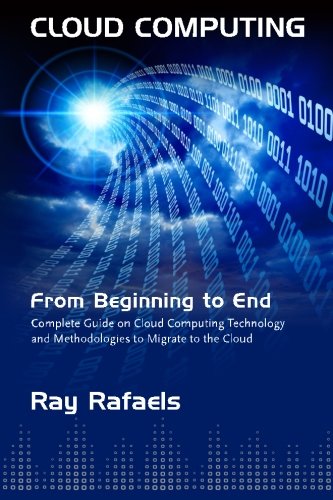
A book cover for Cloud Computing: From Beginning to End; Mr. Ray J Rafaels; Computers & Technology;